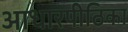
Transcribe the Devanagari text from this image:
आधारपीठिका